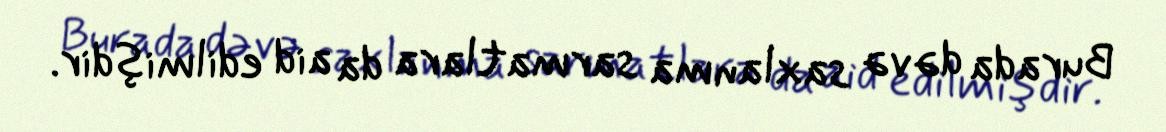
Burada dəvə saxlanma sarmatlara da aid edilmişdir.